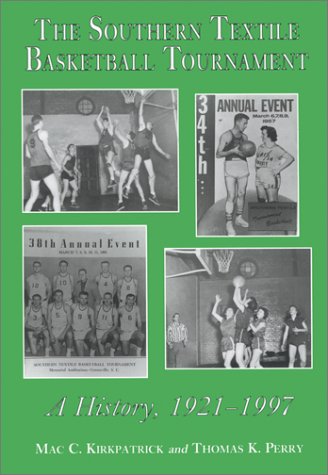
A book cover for The Southern Textile Basketball Tournament : A History, 1921-1996; Mac C. Kirkpatrick; Sports & Outdoors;